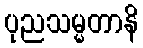
ပုညသမ္မတာနိ